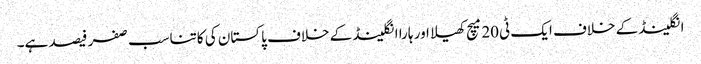
انگلینڈ کے خلاف ایک ٹی20میچ کھیلا اور ہارا انگلینڈ کے خلاف پاکستان کی کاتناسب صفر فیصد ہے۔